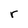
Character: r